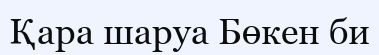
Қара шаруа Бөкен би